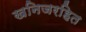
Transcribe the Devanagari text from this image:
खनिजरहित